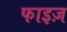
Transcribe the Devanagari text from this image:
फाइज़